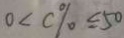
0 < C \% \leq 5 0